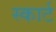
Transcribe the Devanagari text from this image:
स्कार्ट